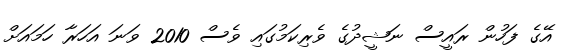
އޭގެ ފަހުން ރައީސް ނަޝީދުގެ ވެރިކަމުގައި ވެސް 2010 ވަނަ އަހަރާ ހަމައަށް